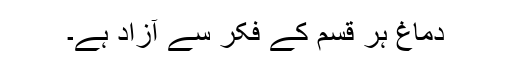
دماغ ہر قسم کے فکر سے آزاد ہے۔